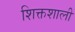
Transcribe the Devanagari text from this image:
शिक्तशाली